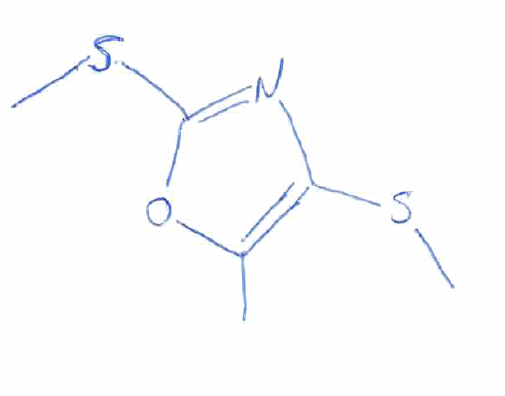
Simplified molecular-input line-entry system (SMILES) notation of the given molecule:
CC1=C(N=C(O1)SC)SC